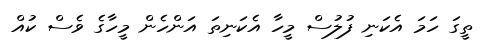
ތީގަ ހަމަ އެކަނި ފުލުސް މީހާ އެކަނިތަ އަންހެން މީހާގެ ވެސް ކުއް